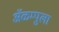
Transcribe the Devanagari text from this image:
ॲळम्पुला